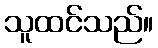
သူထင်သည်။